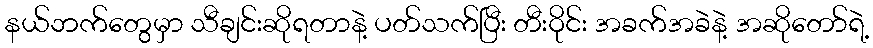
နယ်ဘက်တွေမှာ သီချင်းဆိုရတာနဲ့ ပတ်သက်ပြီး တီးဝိုင်း အခက်အခဲနဲ့ အဆိုတော်ရဲ့